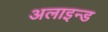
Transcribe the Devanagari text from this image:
अलाइन्ड